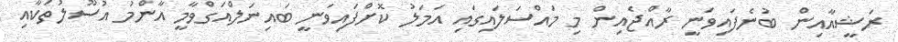
ރަޝީއާއިން ބުނެފައިވަނީ ރާއްޖެއިން މި މައްސަލައިގައި އަމަލު ކޮށްފައިވަނީ ބައިނަލްއަގްވާމީ އާންމު އުސޫލުތަކާއި